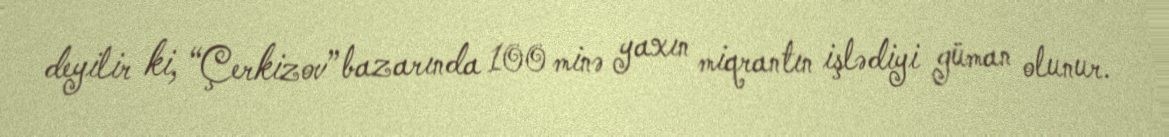
deyilir ki, “Çerkizov” bazarında 100 minə yaxın miqrantın işlədiyi güman olunur.